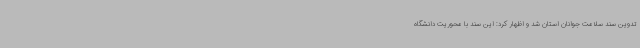
تدوین سند سلامت جوانان استان شد و اظهار کرد: این سند با محوریت دانشگاه